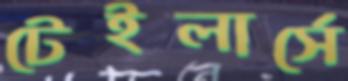
টেইলার্সে